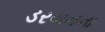
ડરબનના